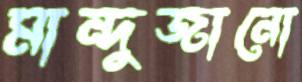
মান্দুজানো